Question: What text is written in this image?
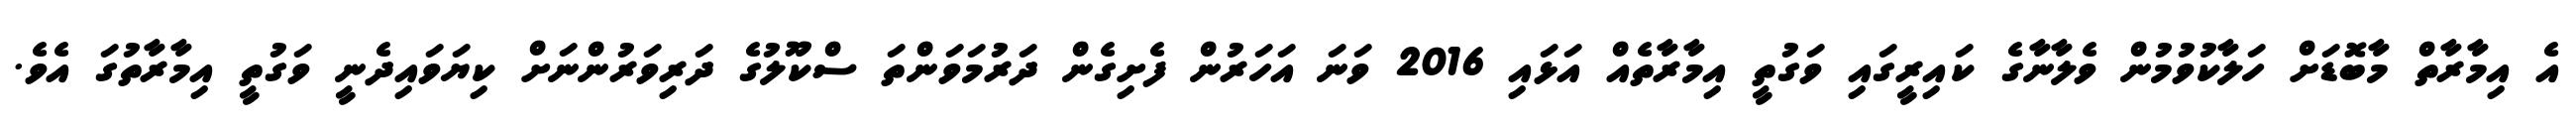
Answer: އެ އިމާރާތް މާބޮޑަށް ހަލާކުވުމުން ވެލާނާގެ ކައިރީގައި ވަގުތީ އިމާރާތެއް އަޅައި 2016 ވަނަ އަހަރުން ފެށިގެން ދަރުމަވަންތަ ސްކޫލުގެ ދަރިވަރުންނަށް ކިޔަވައިދެނީ ވަގުތީ އިމާރާތުގަ އެވެ.